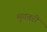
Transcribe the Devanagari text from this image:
मुगवरी